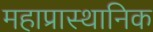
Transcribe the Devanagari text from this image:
महाप्रास्थानिक